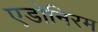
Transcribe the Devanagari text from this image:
एडोनिरम